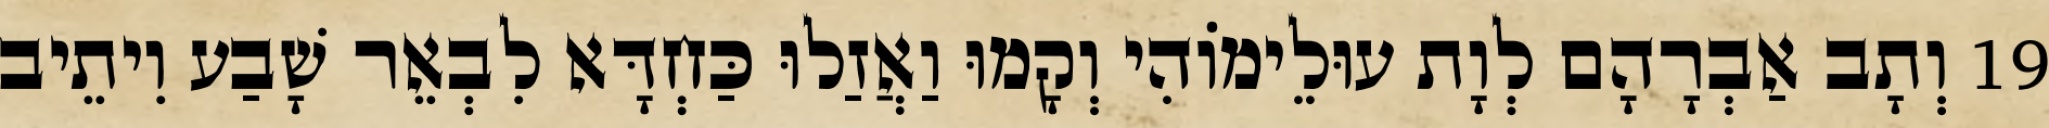
19 וְתָב אַבְרָהָם לְוָת עוּלֵימוֹהִי וְקָמוּ וַאֲזַלוּ כַּחְדָּא לִבְאֵר שָׁבַע וִיתֵיב